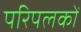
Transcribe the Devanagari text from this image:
परिपलकों